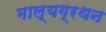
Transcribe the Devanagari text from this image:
माल्यग्रथन